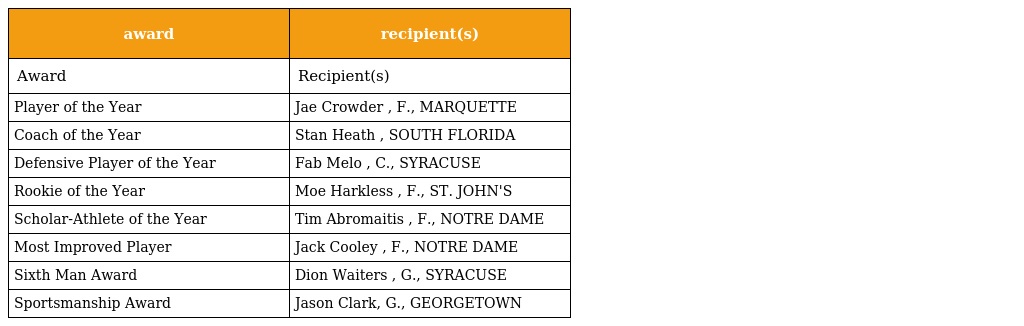
| award | recipient(s) |
 | --- | --- |
 | Award | Recipient(s) |
 | Player of the Year | Jae Crowder , F., MARQUETTE |
 | Coach of the Year | Stan Heath , SOUTH FLORIDA |
 | Defensive Player of the Year | Fab Melo , C., SYRACUSE |
 | Rookie of the Year | Moe Harkless , F., ST. JOHN'S |
 | Scholar-Athlete of the Year | Tim Abromaitis , F., NOTRE DAME |
 | Most Improved Player | Jack Cooley , F., NOTRE DAME |
 | Sixth Man Award | Dion Waiters , G., SYRACUSE |
 | Sportsmanship Award | Jason Clark, G., GEORGETOWN |